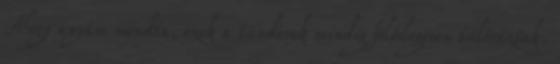
Ahogy anyám mondta, ezek a tündérek mindig fölöslegesen túlóráztak.